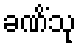
ခဏိံသု